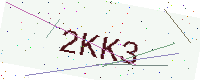
Text: 2KK3